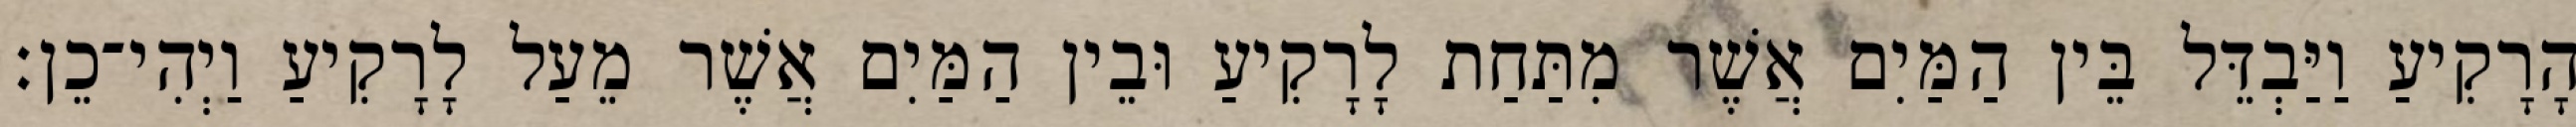
הָרָקִיעַ וַיַּבְדֵּל בֵּין הַמַּיִם אֲשֶׁר מִתַּחַת לָרָקִיעַ וּבֵין הַמַּיִם אֲשֶׁר מֵעַל לָרָקִיעַ וַיְהִי־כֵן׃